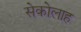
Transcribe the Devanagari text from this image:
सेकोलाह